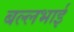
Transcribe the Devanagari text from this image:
बल्लभाई